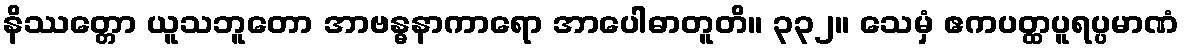
နိဿတ္တော ယူသဘူတော အာဗန္ဓနာကာရော အာပေါဓာတူတိ။ ၃၃၂။ သေမှံ ဧကပတ္ထပူရပ္ပမာဏံ